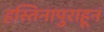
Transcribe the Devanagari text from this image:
हस्तिनापुराहून